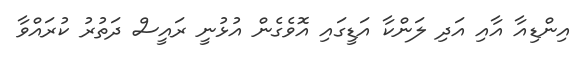
އިންޑިއާ އާއި އަދި ލަންކާ އަޑީގައި އޮވެގެން އުޅުނީ ރައީސް ދަތުރު ކުރައްވާ